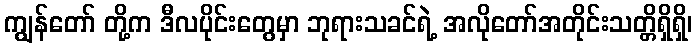
ကျွန်တော် တို့က ဒီလပိုင်းတွေမှာ ဘုရားသခင်ရဲ့ အလိုတော်အတိုင်းသတ္တိရှိရှိ၊